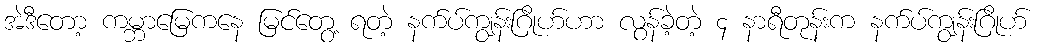
အဲဒီတော့ ကမ္ဘာမြေကနေ မြင်တွေ့ ရတဲ့ နက်ပ်ကျွန်းဂြိုဟ်ဟာ လွန်ခဲ့တဲ့ ၄ နာရီတုန်းက နက်ပ်ကျွန်းဂြိုဟ်